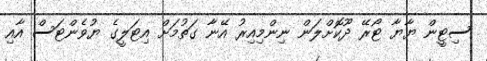
ސިޓީން ޔާޔާ ޓޯރޭ ދޫކޮށްލަން ނިންމިއިރު އޭނާ ގަތުމަށް އިޓަލީގެ ޔުވެންޓަސް އާއި